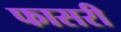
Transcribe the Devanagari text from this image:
फासरी